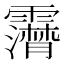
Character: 𩆤